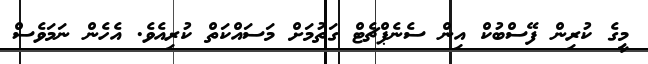
މީގެ ކުރިން ފޭސްބުކް އިން ސެނެޕްޗެޓް ގަތުމަށް މަސައްކަތް ކުރިއެވެ. އެހެން ނަމަވެސް